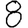
Digit: 8